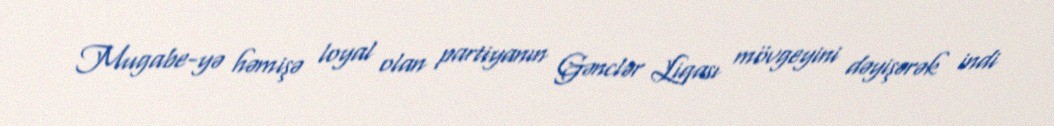
Mugabe-yə həmişə loyal olan partiyanın Gənclər Liqası mövgeyini dəyişərək indi